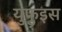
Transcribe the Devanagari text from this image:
युफुइस